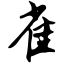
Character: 雀